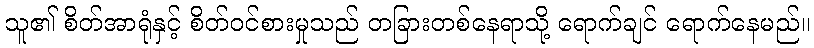
သူ၏ စိတ်အာရုံနှင့် စိတ်ဝင်စားမှုသည် တခြားတစ်နေရာသို့ ရောက်ချင် ရောက်နေမည်။